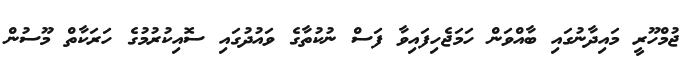
ޖުމްހޫރީ މައިދާނުގައި ބާއްވަން ހަމަޖެހިފައިވާ ފަސް ނުކުތާގެ ވައުދުގައި ސޮއިކުރުމުގެ ހަރަކާތް މޫސުން